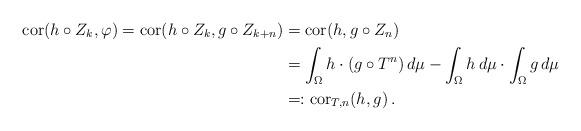
LaTeX: \begin{align*} \mathrm{cor} (h \circ Z_k, \varphi) = \mathrm{cor} (h \circ Z_k, g\circ Z_{k+n}) & = \mathrm{cor} (h , g\circ Z_{n}) \\ & = \int_{\Omega} h \cdot (g \circ T^n) \, d \mu - \int_{\Omega} h \, d \mu \cdot \int_{\Omega} g \, d \mu \\ & = : \mathrm{cor}_{T, n}(h,g)\, .\end{align*}